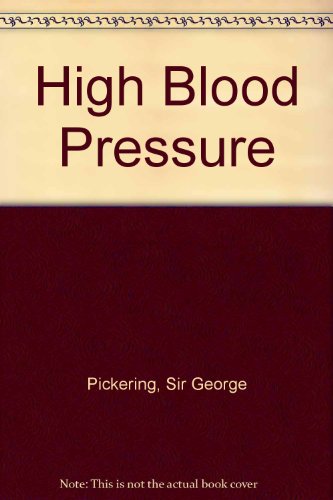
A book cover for High Blood Pressure; Sir George Pickering; Health, Fitness & Dieting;